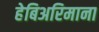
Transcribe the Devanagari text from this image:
हेबिअरिमाना